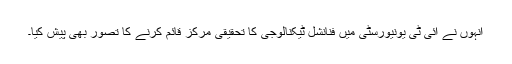
انہوں نے آئی ٹی یونیورسٹی میں فنانشل ٹیکنالوجی کا تحقیقی مرکز قائم کرنے کا تصور بھی پیش کیا۔